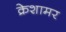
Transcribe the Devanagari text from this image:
क्रेशामर